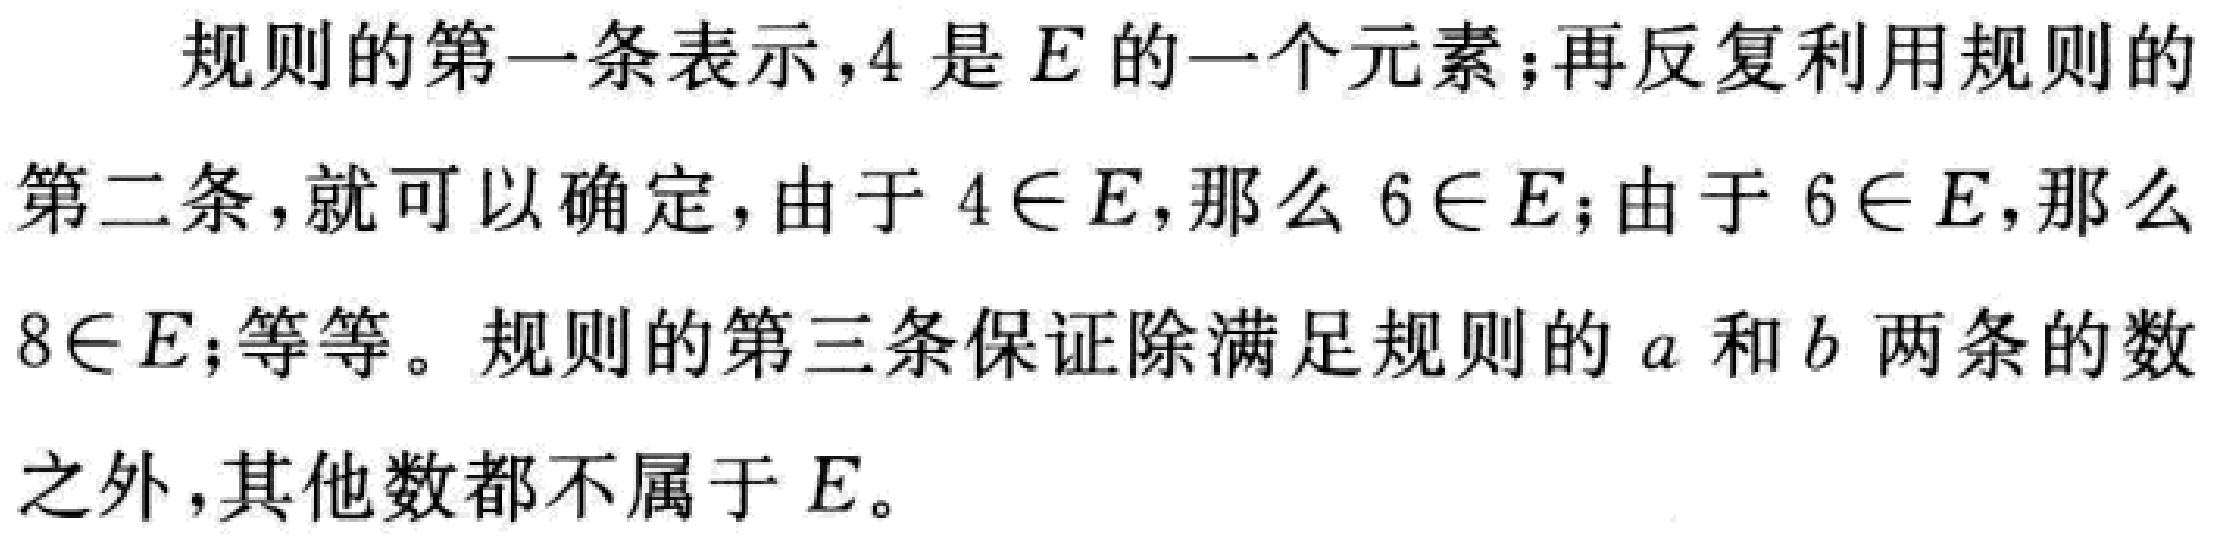
规则的第一条表示，4 是 \(E\) 的一个元素；再反复利用规则的第二条，就可以确定，由于 \(4\in E\)，那么 \(6\in E\)；由于 \(6\in E\)，那么 \(8\in E\)；等等。规则的第三条保证除满足规则的 \(a\) 和 \(b\) 两条的数之外，其他数都不属于 \(E\)。